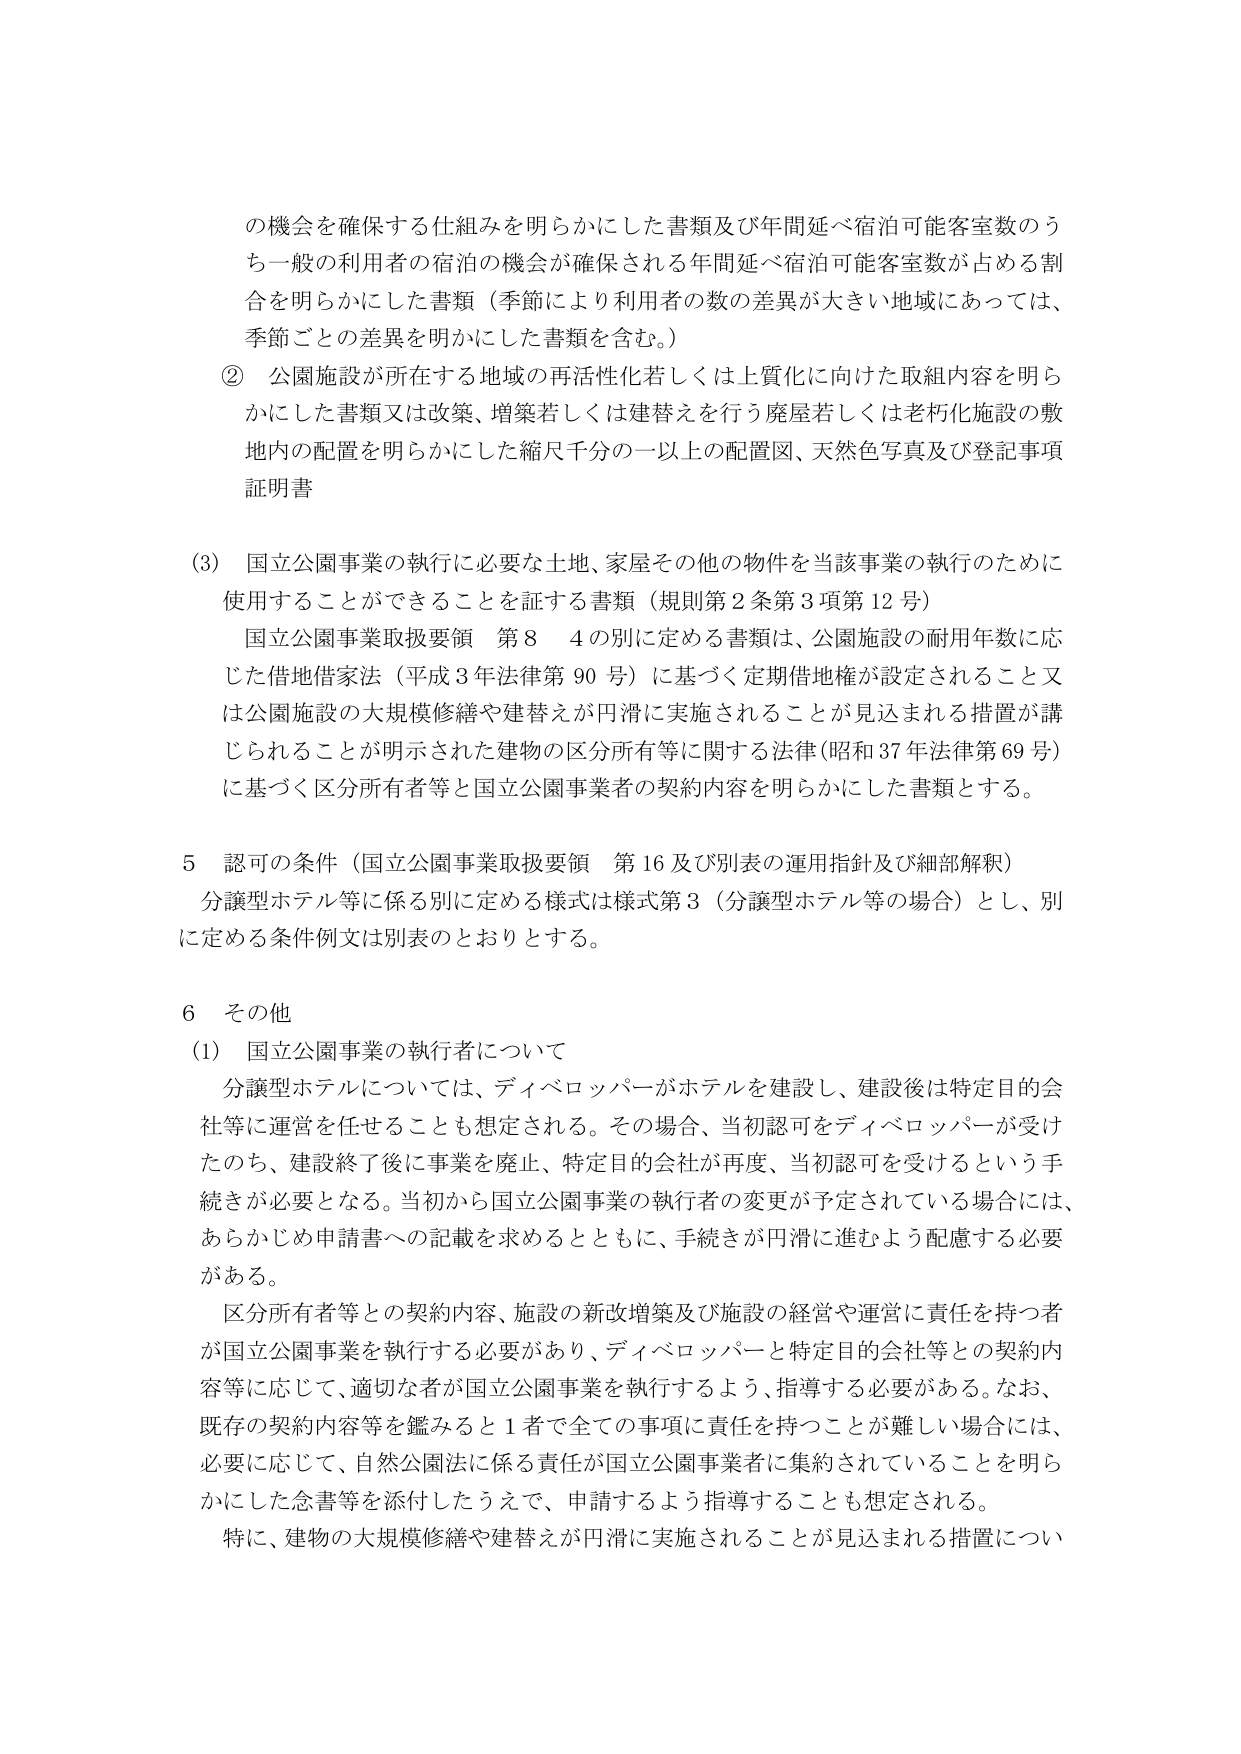
の機会を確保する仕組みを明らかにした書類及び年間延べ宿泊可能客室数のうち一般の利用者の宿泊の機会が確保される年間延べ宿泊可能客室数が占める割合を明らかにした書類（季節により利用者の数の差異が大きい地域にあっては、季節ごとの差異を明らかにした書類を含む。）

② 公園施設が所在する地域の再活性化若しくは上質化に向けた取組内容を明らかにした書類又は改築、増築若しくは建替えを行う廃屋若しくは老朽化施設の敷地内の配置を明らかにした縮尺千分の一以上の配置図、天然色写真及び登記事項証明書

(3) 国立公園事業の執行に必要な土地、家屋その他の物件を当該事業の執行のために使用することができることを証する書類（規則第2条第3項第12号）
国立公園事業取扱要領 第8 4の別に定める書類は、公園施設の耐用年数に応じた借地借家法（平成3年法律第90号）に基づく定期借地権が設定されること又は公園施設の大規模修繕や建替えが円滑に実施されることが見込まれる措置が講じられることが明示された建物の区分所有等に関する法律（昭和37年法律第69号）に基づく区分所有者等と国立公園事業者の契約内容を明らかにした書類とする。

5 認可の条件（国立公園事業取扱要領 第16及び別表の運用指針及び細部解釈）
分譲型ホテル等に係る別に定める様式は様式第3（分譲型ホテル等の場合）とし、別に定める条件例文は別表のとおりとする。

6 その他
(1) 国立公園事業の執行者について
分譲型ホテルについては、ディベロッパーがホテルを建設し、建設後は特定目的会社等に運営を任せることも想定される。その場合、当初認可をディベロッパーが受けたのち、建設終了後に事業を廃止、特定目的会社が再度、当初認可を受けるという手続きが必要となる。当初から国立公園事業の執行者の変更が予定されている場合には、あらかじめ申請書への記載を求めるとともに、手続きが円滑に進むよう配慮する必要がある。
区分所有者等との契約内容、施設の新改増築及び施設の経営や運営に責任を持つ者が国立公園事業を執行する必要があり、ディベロッパーと特定目的会社等との契約内容等に応じて、適切な者が国立公園事業を執行するよう、指導する必要がある。なお、既存の契約内容等を鑑みると1者で全ての事項に責任を持つことが難しい場合には、必要に応じて、自然公園法に係る責任が国立公園事業者に集約されていることを明らかにした念書等を添付したうえで、申請するよう指導することも想定される。
特に、建物の大規模修繕や建替えが円滑に実施されることが見込まれる措置につい